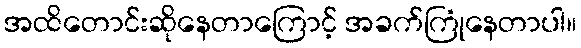
အထိတောင်းဆိုနေတာကြောင့် အခက်ကြုံနေတာပါ။